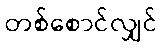
တစ်စောင်လျှင်